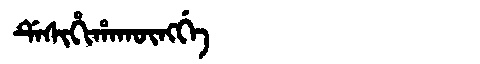
Manchu: ᡩᡝᠰᡳᡥᡳᡥᠠᡴᡡᠩᡤᡝ
Romanization: DESIHIHAKŪNGGE